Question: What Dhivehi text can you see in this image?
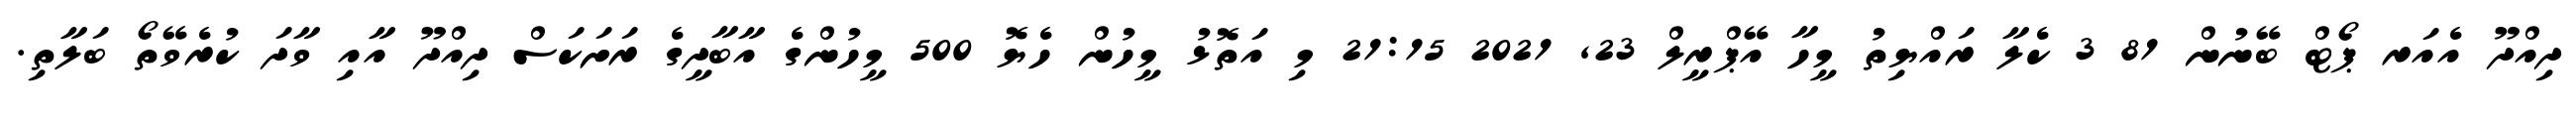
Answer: ދިއްދޫ އެއަރ ޕޯޓް ބޭނުން 81 3 ކެލާ ރައްޔިތު މީހާ އޭޕްރީލް 23, 2021 21:15 މި އަތޮޅު މީހުން ހެޔޮ 500 މީހުންގެ އާބާދީގެ ރަށަކަސް ދިއްދޫ އާއި ވާދަ ކުރެވޭތޯ ބަލާތި.